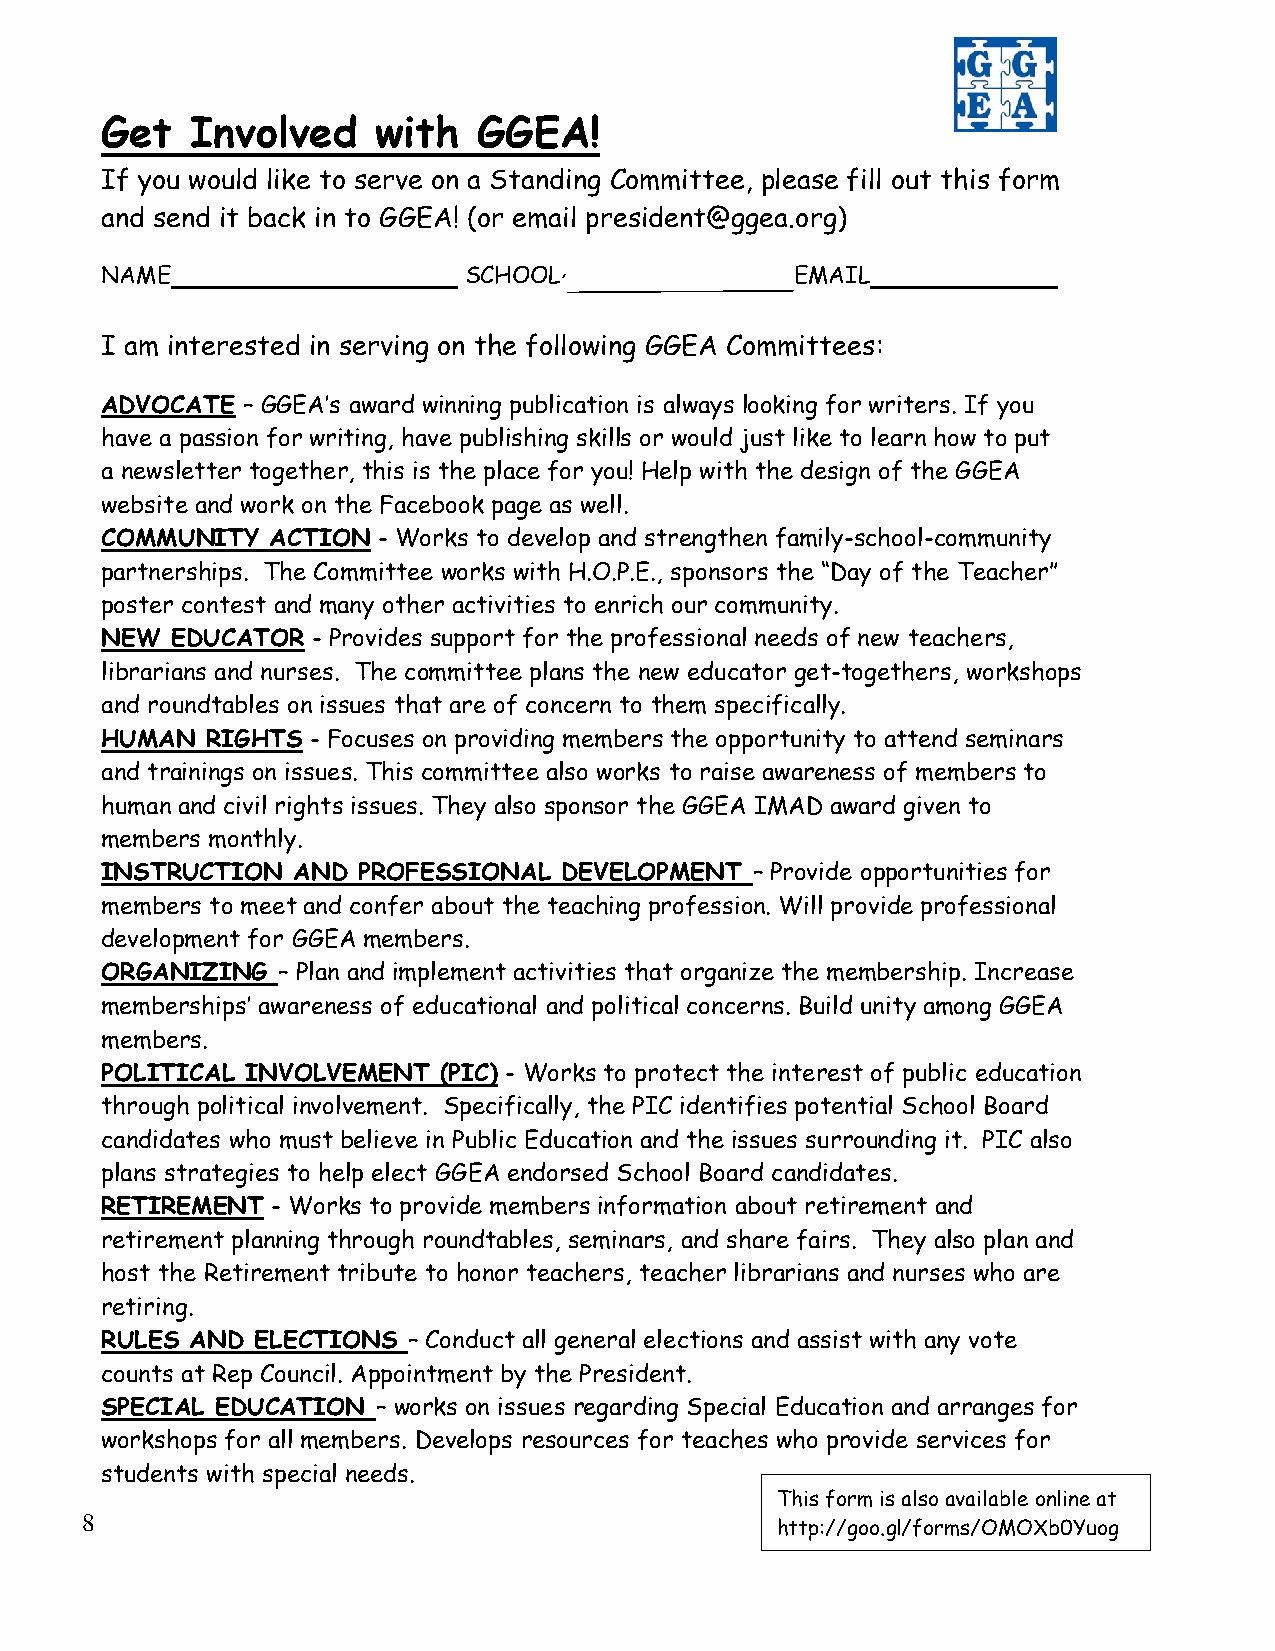
Get   Involved    with   GGEA!
 If you would like to serve on a Standing Committee, please fill out this form
 and send it back in to GGEA! (or email president@ggea.org)
 NAME                    SCHOOL                EMAIL
 I am interested in serving on the following GGEA Committees:
 ADVOCATE – GGEA’s award winning publication is always looking for writers. If you
 have a passion for writing, have publishing skills or would just like to learn how to put
 a newsletter together, this is the place for you! Help with the design of the GGEA
 website and work on the Facebook page as well.
 COMMUNITY  ACTION - Works to develop and strengthen family-school-community
 partnerships. The Committee works with H.O.P.E., sponsors the “Day of the Teacher”
 poster contest and many other activities to enrich our community.
 NEW EDUCATOR  - Provides support for the professional needs of new teachers,
 librarians and nurses. The committee plans the new educator get-togethers, workshops
 and roundtables on issues that are of concern to them specifically.
 HUMAN  RIGHTS - Focuses on providing members the opportunity to attend seminars
 and trainings on issues. This committee also works to raise awareness of members to
 human and civil rights issues. They also sponsor the GGEA IMAD award given to
 members monthly.
 INSTRUCTION AND  PROFESSIONAL DEVELOPMENT  – Provide opportunities for
 members to meet and confer about the teaching profession. Will provide professional
 development for GGEA members.
 ORGANIZING – Plan and implement activities that organize the membership. Increase
 memberships’ awareness of educational and political concerns. Build unity among GGEA
 members.
 POLITICAL INVOLVEMENT (PIC) - Works to protect the interest of public education
 through political involvement. Specifically, the PIC identifies potential School Board
 candidates who must believe in Public Education and the issues surrounding it. PIC also
 plans strategies to help elect GGEA endorsed School Board candidates.
 RETIREMENT - Works to provide members information about retirement and
 retirement planning through roundtables, seminars, and share fairs. They also plan and
 host the Retirement tribute to honor teachers, teacher librarians and nurses who are
 retiring.
 RULES AND ELECTIONS – Conduct all general elections and assist with any vote
 counts at Rep Council. Appointment by the President.
 SPECIAL EDUCATION – works on issues regarding Special Education and arranges for
 workshops for all members. Develops resources for teaches who provide services for
 students with special needs.
 This form is also available online at
 8
 http://goo.gl/forms/OMOXb0Yuog